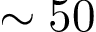
\sim 5 0